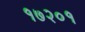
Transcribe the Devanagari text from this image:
१७२०१